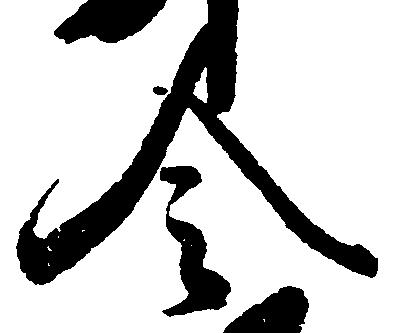
令